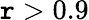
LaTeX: \mathtt{r}>0.9